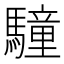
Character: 䮵